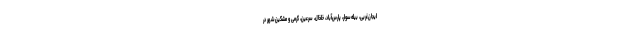
ایجان‌غربی، بیله‌سوار، پارس‌آباد، خلخال، سرعین، گرمی و مشگین‌شهر در